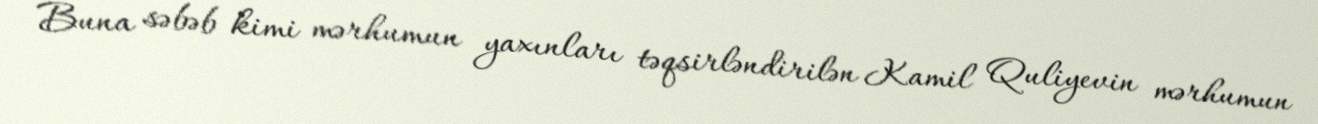
Buna səbəb kimi mərhumun yaxınları təqsirləndirilən Kamil Quliyevin mərhumun